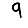
Digit: 9